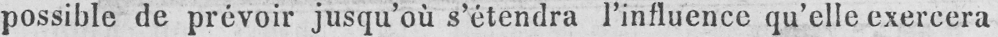
possible de prévoir jusqu’où s’étendra l’influence qu’elle exercera